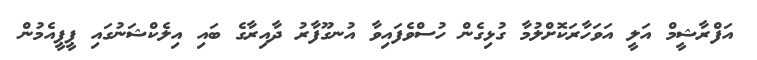
އަފްރާޝީމް އަލީ އަވަހާރަކޮށްލުމާ ގުޅިގެން ހުސްވެފައިވާ އުނގޫފާރު ދާއިރާގެ ބައި އިލެކްޝަނުގައި ޕީޕީއެމުން